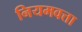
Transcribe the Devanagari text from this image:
नियमवत्ता